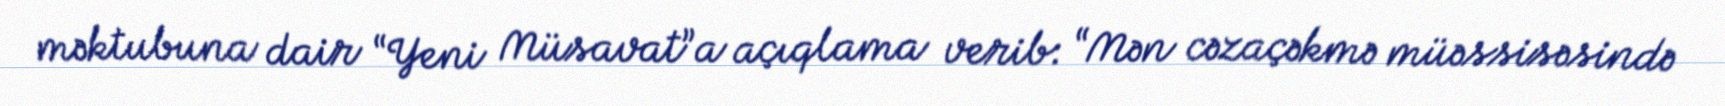
məktubuna dair “Yeni Müsavat”a açıqlama verib: “Mən cəzaçəkmə müəssisəsində